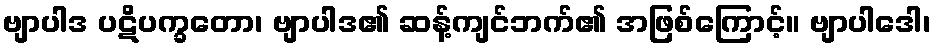
ဗျာပါဒ ပဋိပက္ခတော၊ ဗျာပါဒ၏ ဆန့်ကျင်ဘက်၏ အဖြစ်ကြောင့်။ ဗျာပါဒေါ၊